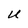
Character: U